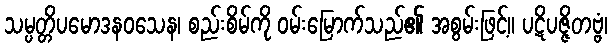
သမ္ပတ္တိပမောဒနဝသေန၊ စည်းစိမ်ကို ဝမ်းမြောက်သည်၏ အစွမ်းဖြင့်။ ပဋိပဇ္ဇိတဗ္ဗံ၊